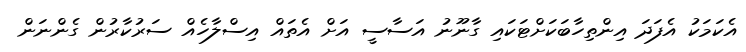
އެކަމަކު އެފަދަ އިންތިހާބަކަށްޓަކައި ގާނޫނު އަސާސީ އަށް އެތައް އިސްލާހެއް ސަރުކާރުން ގެންނަން